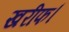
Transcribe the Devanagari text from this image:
खरीफ।